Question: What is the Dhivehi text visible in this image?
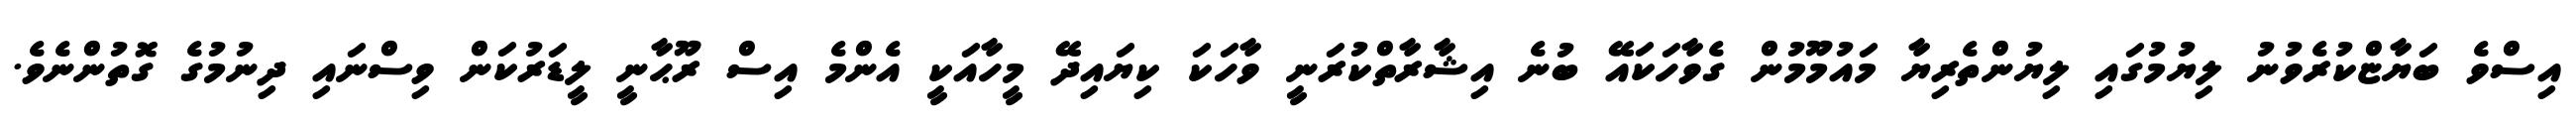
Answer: އިސްވެ ބަޔާޏްކުރެވުނު ލިޔުމުގައި ލިޔުންތެރިޔާ މައުމޫމުން ގެވާހަކައޭ ބުނެ އިޝާރާތްކުރަނީ ވާހަކަ ކިޔައިދޭ މީހާއަކީ އެންމެ އިސް ރޫޙާނީ ލީޑަރުކަން ވިސްނައި ދިނުމުގެ ގޮތުންނެވެ.